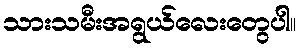
သားသမီးအရွယ်လေးတွေပါ။